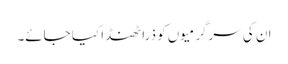
ان کی سرگرمیوں کو ذرا ٹھنڈا کیا جائے۔